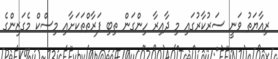
ރިއާޔަތު ވަނީ ސަރުކާރުގައި މި ދާއިރާ ހިންގަން ތިބި ފަރާތްތަކަށާއި މިސްކް މެގަޒިންގެ